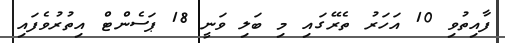
ފާއިތުވި 10 އަހަރު ތެރޭގައި މި ބަލި ވަނީ 18 ޕަސެންޓް އިތުރުވެފައި